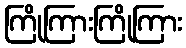
ကြိုကြားကြိုကြား